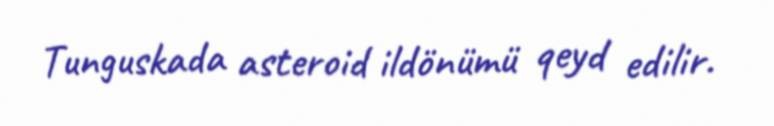
Tunguskada asteroid ildönümü qeyd edilir.